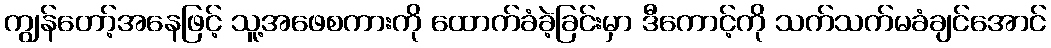
ကျွန်တော့်အနေဖြင့် သူ့အဖေစကားကို ထောက်ခံခဲ့ခြင်းမှာ ဒီကောင့်ကို သက်သက်မခံချင်အောင်